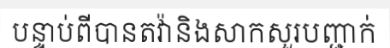
បន្ទាប់ពីបានតវ៉ានិងសាកសួរបញ្ជាក់